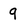
Character: 9